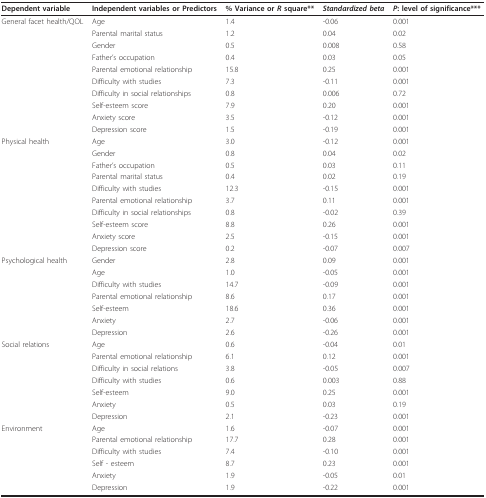
<table><thead><tr><td><b>Dependent variable</b></td><td><b>Independent variables or Predictors</b></td><td><b>% Variance or <i>R </i>square**</b></td><td><b><i>Standardized beta</i></b></td><td><b><i>P</i>: level of significance***</b></td></tr></thead><tbody><tr><td>General facet health/QOL</td><td>Age</td><td>1.4</td><td>-0.06</td><td>0.001</td></tr><tr><td>[EMPTY_CELL]</td><td>Parental marital status</td><td>1.2</td><td>0.04</td><td>0.02</td></tr><tr><td>[EMPTY_CELL]</td><td>Gender</td><td>0.5</td><td>0.008</td><td>0.58</td></tr><tr><td>[EMPTY_CELL]</td><td>Father's occupation</td><td>0.4</td><td>0.03</td><td>0.05</td></tr><tr><td>[EMPTY_CELL]</td><td>Parental emotional relationship</td><td>15.8</td><td>0.25</td><td>0.001</td></tr><tr><td>[EMPTY_CELL]</td><td>Difficulty with studies</td><td>7.3</td><td>-0.11</td><td>0.001</td></tr><tr><td>[EMPTY_CELL]</td><td>Difficulty in social relationships</td><td>0.8</td><td>0.006</td><td>0.72</td></tr><tr><td>[EMPTY_CELL]</td><td>Self-esteem score</td><td>7.9</td><td>0.20</td><td>0.001</td></tr><tr><td>[EMPTY_CELL]</td><td>Anxiety score</td><td>3.5</td><td>-0.12</td><td>0.001</td></tr><tr><td>[EMPTY_CELL]</td><td>Depression score</td><td>1.5</td><td>-0.19</td><td>0.001</td></tr><tr><td>Physical health</td><td>Age</td><td>3.0</td><td>-0.12</td><td>0.001</td></tr><tr><td>[EMPTY_CELL]</td><td>Gender</td><td>0.8</td><td>0.04</td><td>0.02</td></tr><tr><td>[EMPTY_CELL]</td><td>Father's occupation</td><td>0.5</td><td>0.03</td><td>0.11</td></tr><tr><td>[EMPTY_CELL]</td><td>Parental marital status</td><td>0.4</td><td>0.02</td><td>0.19</td></tr><tr><td>[EMPTY_CELL]</td><td>Difficulty with studies</td><td>12.3</td><td>-0.15</td><td>0.001</td></tr><tr><td>[EMPTY_CELL]</td><td>Parental emotional relationship</td><td>3.7</td><td>0.11</td><td>0.001</td></tr><tr><td>[EMPTY_CELL]</td><td>Difficulty in social relationships</td><td>0.8</td><td>-0.02</td><td>0.39</td></tr><tr><td>[EMPTY_CELL]</td><td>Self-esteem score</td><td>8.8</td><td>0.26</td><td>0.001</td></tr><tr><td>[EMPTY_CELL]</td><td>Anxiety score</td><td>2.5</td><td>-0.15</td><td>0.001</td></tr><tr><td>[EMPTY_CELL]</td><td>Depression score</td><td>0.2</td><td>-0.07</td><td>0.007</td></tr><tr><td>Psychological health</td><td>Gender</td><td>2.8</td><td>0.09</td><td>0.001</td></tr><tr><td>[EMPTY_CELL]</td><td>Age</td><td>1.0</td><td>-0.05</td><td>0.001</td></tr><tr><td>[EMPTY_CELL]</td><td>Difficulty with studies</td><td>14.7</td><td>-0.09</td><td>0.001</td></tr><tr><td>[EMPTY_CELL]</td><td>Parental emotional relationship</td><td>8.6</td><td>0.17</td><td>0.001</td></tr><tr><td>[EMPTY_CELL]</td><td>Self-esteem</td><td>18.6</td><td>0.36</td><td>0.001</td></tr><tr><td>[EMPTY_CELL]</td><td>Anxiety</td><td>2.7</td><td>-0.06</td><td>0.001</td></tr><tr><td>[EMPTY_CELL]</td><td>Depression</td><td>2.6</td><td>-0.26</td><td>0.001</td></tr><tr><td>Social relations</td><td>Age</td><td>0.6</td><td>-0.04</td><td>0.01</td></tr><tr><td>[EMPTY_CELL]</td><td>Parental emotional relationship</td><td>6.1</td><td>0.12</td><td>0.001</td></tr><tr><td>[EMPTY_CELL]</td><td>Difficulty in social relations</td><td>3.8</td><td>-0.05</td><td>0.007</td></tr><tr><td>[EMPTY_CELL]</td><td>Difficulty with studies</td><td>0.6</td><td>0.003</td><td>0.88</td></tr><tr><td>[EMPTY_CELL]</td><td>Self-esteem</td><td>9.0</td><td>0.25</td><td>0.001</td></tr><tr><td>[EMPTY_CELL]</td><td>Anxiety</td><td>0.5</td><td>0.03</td><td>0.19</td></tr><tr><td>[EMPTY_CELL]</td><td>Depression</td><td>2.1</td><td>-0.23</td><td>0.001</td></tr><tr><td>Environment</td><td>Age</td><td>1.6</td><td>-0.07</td><td>0.001</td></tr><tr><td>[EMPTY_CELL]</td><td>Parental emotional relationship</td><td>17.7</td><td>0.28</td><td>0.001</td></tr><tr><td>[EMPTY_CELL]</td><td>Difficulty with studies</td><td>7.4</td><td>-0.10</td><td>0.001</td></tr><tr><td>[EMPTY_CELL]</td><td>Self - esteem</td><td>8.7</td><td>0.23</td><td>0.001</td></tr><tr><td>[EMPTY_CELL]</td><td>Anxiety</td><td>1.9</td><td>-0.05</td><td>0.01</td></tr><tr><td>[EMPTY_CELL]</td><td>Depression</td><td>1.9</td><td>-0.22</td><td>0.001</td></tr></tbody></table>